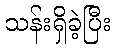
သန်းရှိခဲ့ပြီး